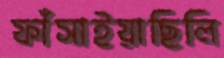
ফাঁসাইয়াছিলি